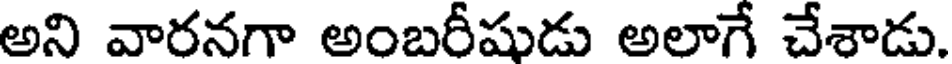
అని వారనగా అంబరీషుడు అలాగే చేశాడు.